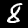
Digit: 8